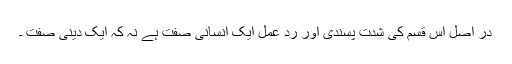
در اصل اس قسم کی شدت پسندی اور رد عمل ایک انسانی صفت ہے نہ کہ ایک دینی صفت ۔